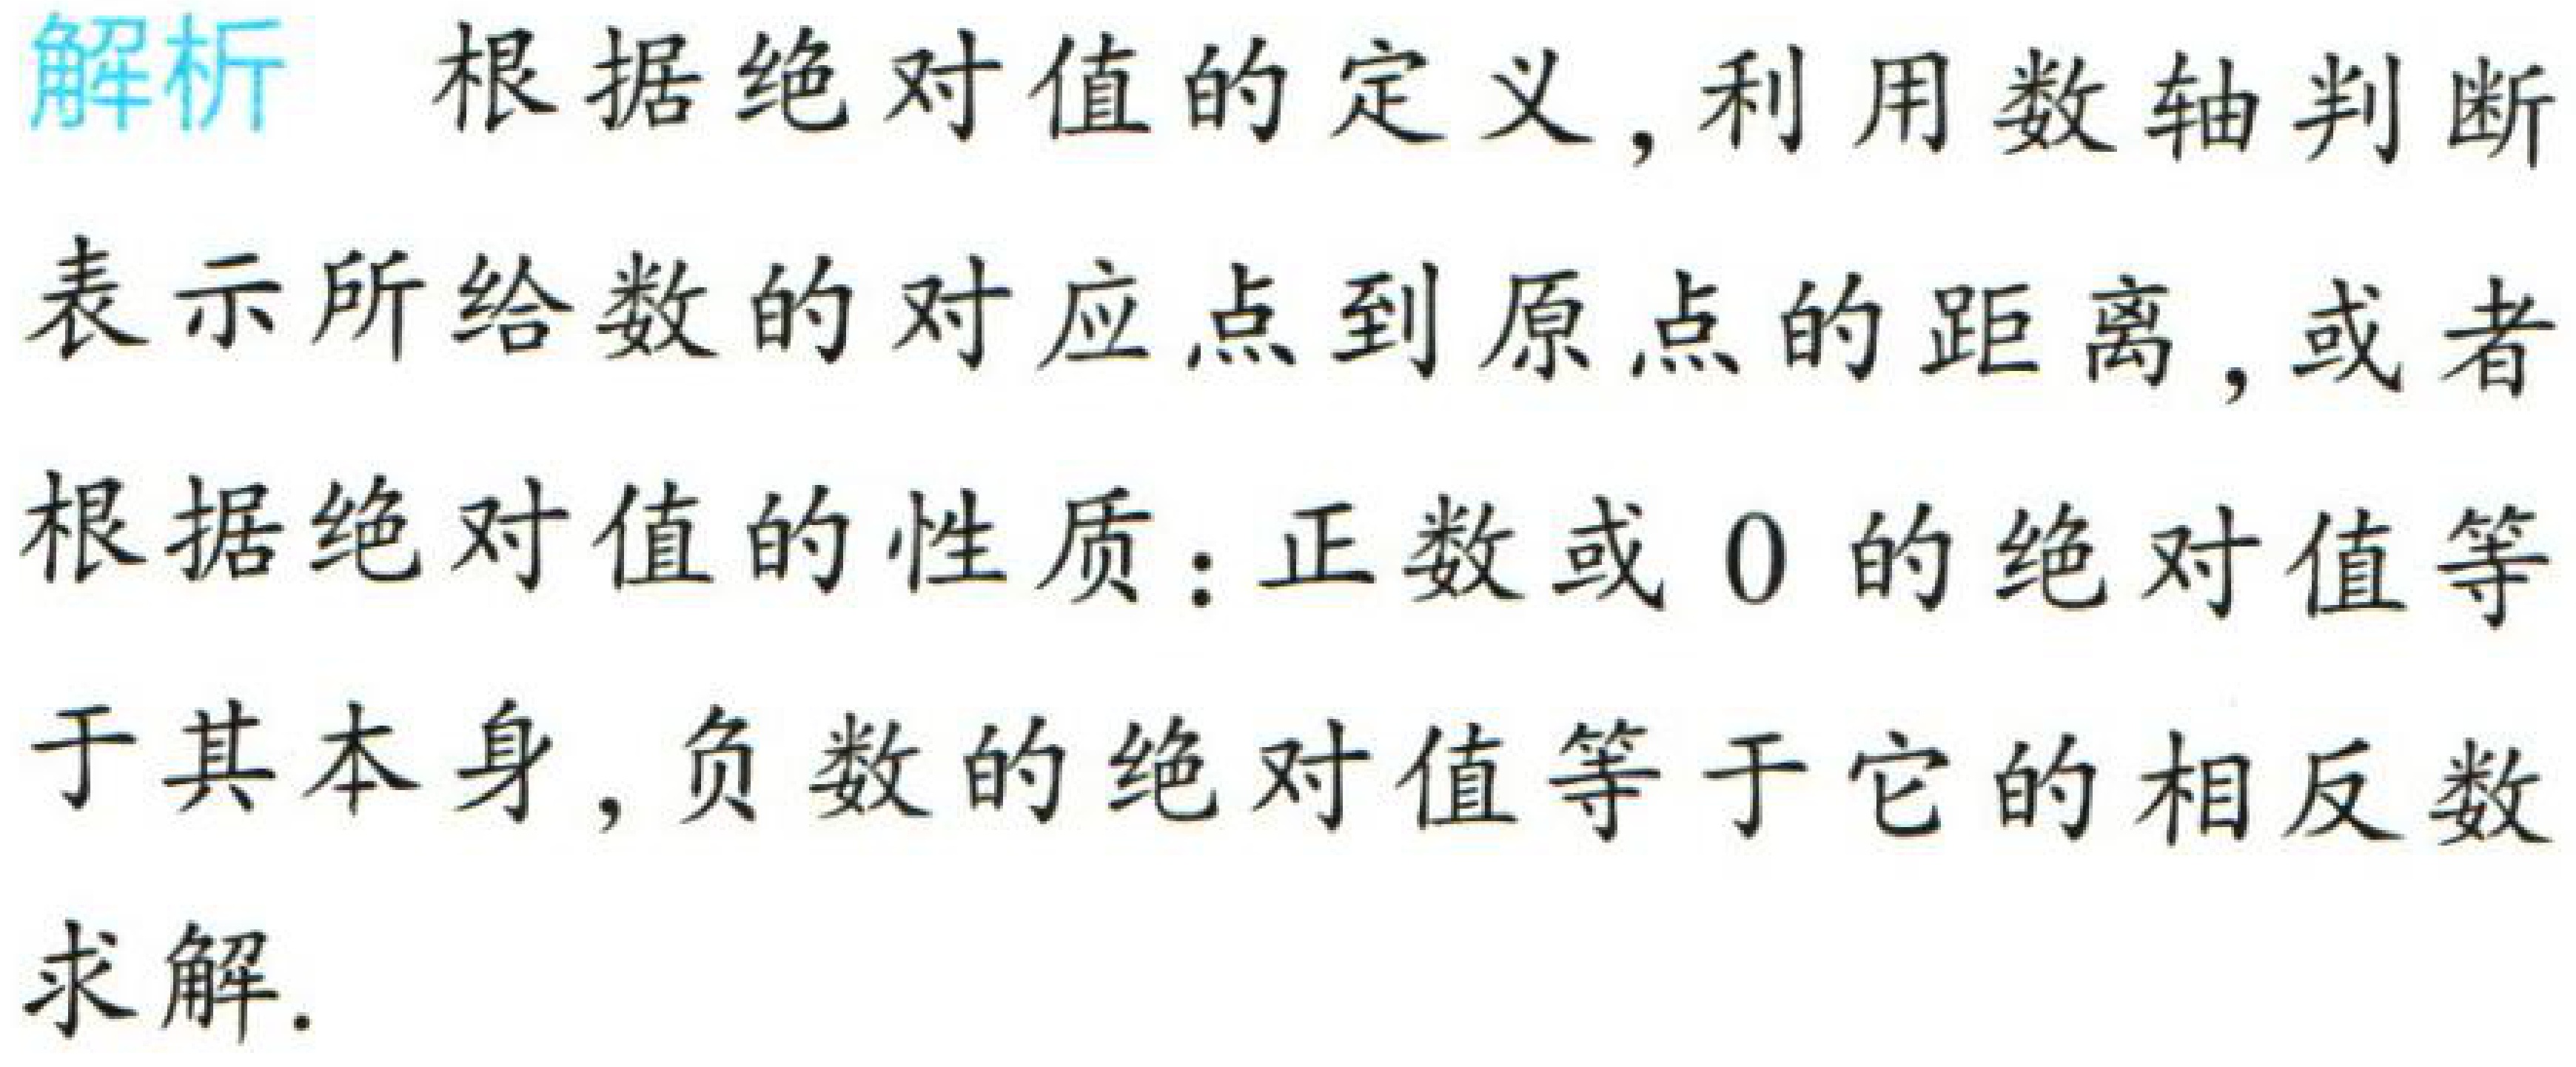
解析 根据绝对值的定义, 利用数轴判断表示所给数的对应点到原点的距离, 或者根据绝对值的性质：正数或 \(0\) 的绝对值等于其本身, 负数的绝对值等于它的相反数求解.